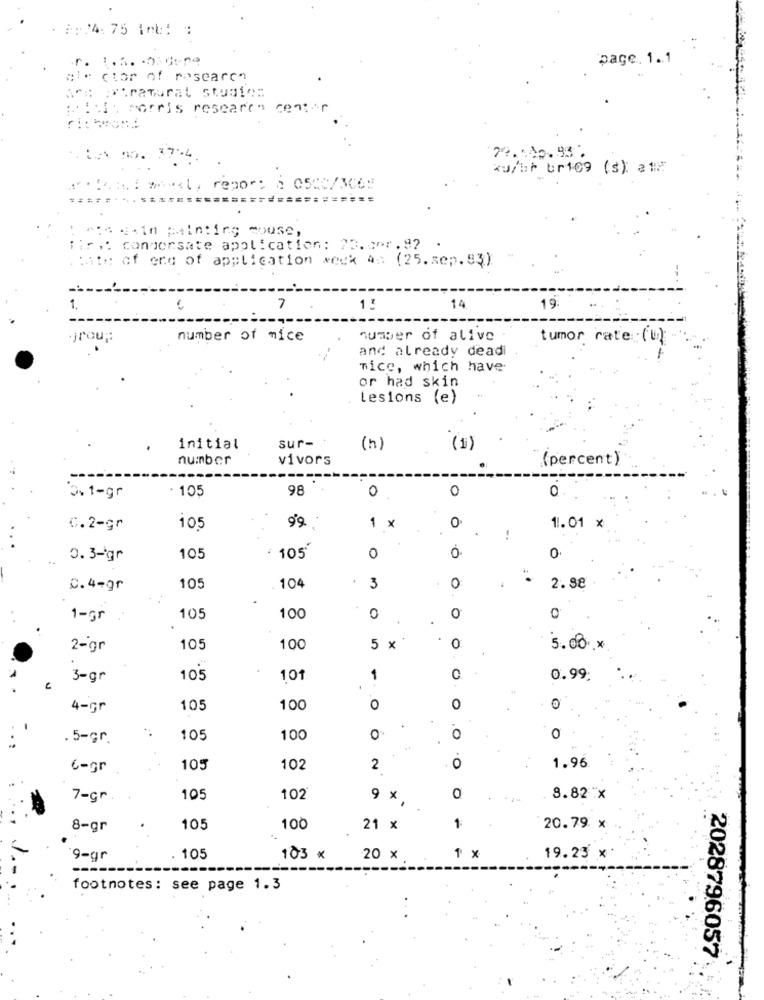
8: 4: 75 int: :
page. 1.1
die ctor of research
#*#; extramurat studie:
:: : i: sorris research center
79.40. 93 .
*u/br br109 (s): a12
1. THE wheel, repor: : 0500/306:
:= Cin painting mouse,
:r .: condensate application: 73.057.92
of ere of application week 4 :: (25.sep.83)
7
14
19:
jrou ;:
number of mice
number of alive
tumor rate: (0)
and already deadi
nice, which have
or had skin
Lesions (e)
initial
sur-
(h)
(1)
number
vivors
(percent)
105
98
0
0
0.1-gr
0
99
C.2-gr
105
1 x
0
1.01 x
0
0
0.3-gr
105
105'
0.4-gr
105
104
3
0
2.88
1-gr
105
100
0
0
2-gr
105
100
5 x
0
.
5.00 .*
3-gr
105
101
1
0
0.99:
4-gr
105
100
O
0
. 5-gr.
105
100
0
0
0
1.96
6-gr
105
102
2
O
0
7-Gr
105
102
9 x
8.82 x
8-gr
105
100
21 x
1:
20.79 x
'9-gr
105
103 x
20 x
1 x
19.23 x
------
footnotes: see page 1.3
2028796057